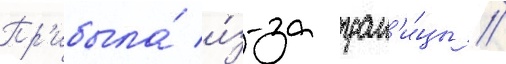
Пр'ибыла́ и́з-за гран'и́цы /